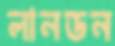
লানডন